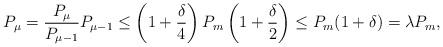
LaTeX: \begin{align*}P_\mu=\frac{P_\mu}{P_{\mu-1}}P_{\mu-1}\leq\left(1+\frac{\delta}{4}\right)P_m\left(1+\frac{\delta}{2}\right)\leq P_m(1+\delta)=\lambda P_m,\end{align*}